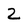
Character: Z